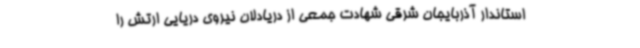
استاندار آذربایجان شرقی شهادت جمعی از دریادلان نیروی دریایی ارتش را